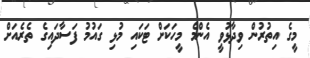
މީގެ އިތުރުން ވިދާޅުވީ އެންމެ މީހަކަށް ޓަކައި މުޅި ގައުމު ފަސާދައިގެ ތެރެއަށް